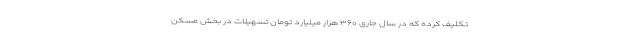
تکلیف کرده که در سال جاری ۳۶۰ هزار میلیارد تومان تسهیلات در بخش مسکن